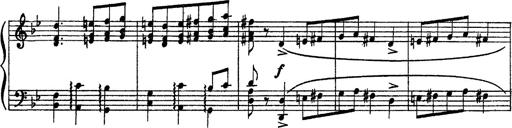
Title: Sarabande und Chaconne aus dem Singspiel
Composer: Franz Liszt